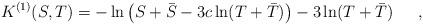
LaTeX: \begin{align*}K^{(1)}(S,T) = -\ln \left(S+\bar{S} - 3c \ln (T+\bar{T})\right)- 3\ln (T+\bar{T}) \hspace{5mm} \ ,\end{align*}